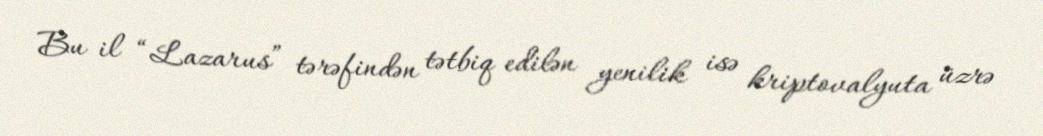
Bu il “Lazarus” tərəfindən tətbiq edilən yenilik isə kriptovalyuta üzrə